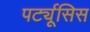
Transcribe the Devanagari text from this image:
पर्ट्यूसिस